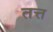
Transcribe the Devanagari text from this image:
तत्त